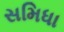
સમિધા